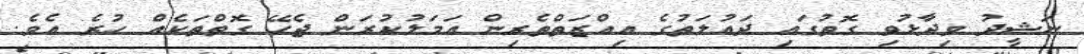
ނަޝީދު ވިދާޅުވި ގޮތުގައި ދައުލަތުގެ އިއްޒަތްތެރިން އަމަލުކުރަން ޖެހޭ ގޮތްތަކެއް ހުރެ އެވެ.